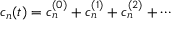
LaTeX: c _ { n } ( t ) = c _ { n } ^ { ( 0 ) } + c _ { n } ^ { ( 1 ) } + c _ { n } ^ { ( 2 ) } + \cdots